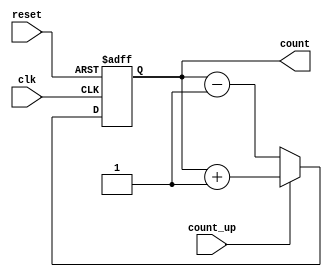
module async_counter (
    input wire clk,         // Clock input
    input wire reset,       // Asynchronous reset input
    input wire count_up,    // Control signal to count up or down
    output reg [3:0] count  // 4-bit output count
);

// Always block for the asynchronous reset and counting logic
always @(posedge clk or posedge reset) begin
    if (reset) begin
        count <= 4'b0000;  // Reset count to 0
    end else begin
        // Count up or down based on count_up signal
        if (count_up) begin
            count <= count + 1;  // Increment the count
        end else begin
            count <= count - 1;  // Decrement the count
        end
    end
end

endmodule